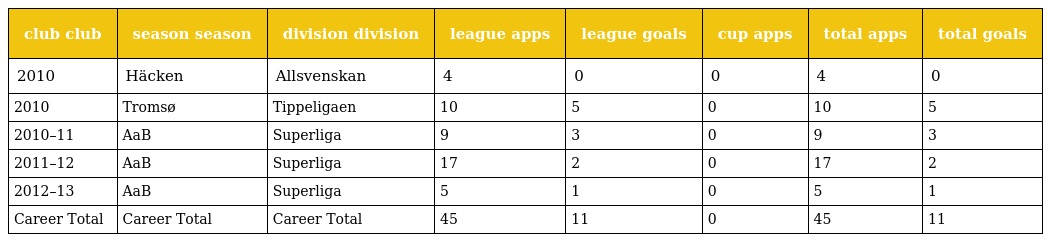
| club club | season season | division division | league apps | league goals | cup apps | total apps | total goals |
 | --- | --- | --- | --- | --- | --- | --- | --- |
 | 2010 | Häcken | Allsvenskan | 4 | 0 | 0 | 4 | 0 |
 | 2010 | Tromsø | Tippeligaen | 10 | 5 | 0 | 10 | 5 |
 | 2010–11 | AaB | Superliga | 9 | 3 | 0 | 9 | 3 |
 | 2011–12 | AaB | Superliga | 17 | 2 | 0 | 17 | 2 |
 | 2012–13 | AaB | Superliga | 5 | 1 | 0 | 5 | 1 |
 | Career Total | Career Total | Career Total | 45 | 11 | 0 | 45 | 11 |